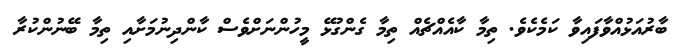
ބާރުއަޅުއްވާފައިވާ ކަމެކެވެ. ތިމާ ކާއެއްޗެއް ތިމާ ގެންގުޅޭ މީހުންނަށްވެސް ކާންދިނުމަށާއި ތިމާ ބޭނުންކުރާ